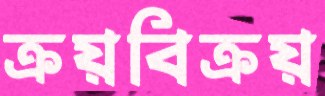
ক্রয়বিক্রয়